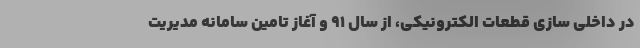
در داخلی سازی قطعات الکترونیکی، از سال 91 و آغاز تامین سامانه مدیریت